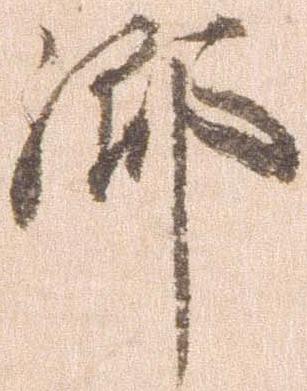
郷